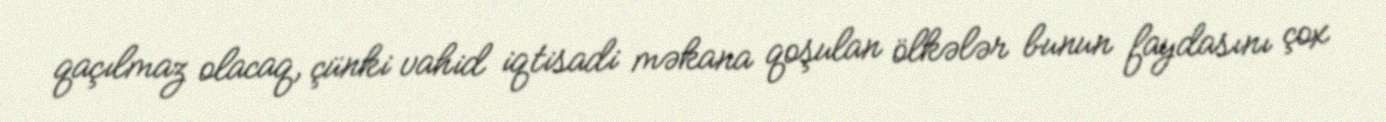
qaçılmaz olacaq, çünki vahid iqtisadi məkana qoşulan ölkələr bunun faydasını çox